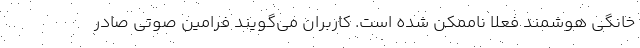
خانگی هوشمند فعلاً ناممکن شده است. کاربران می‌گویند فرامین صوتی صادر